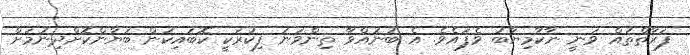
ފަރާތްތައް ވަނީ ނާކާމިޔާބު ވެފައެވެ. އެ ބުނުއްވާ ތިންވަނަ ފިކުރަކީ ކޮބައިކަން ބަޔާންކޮށްދިނުމަށް